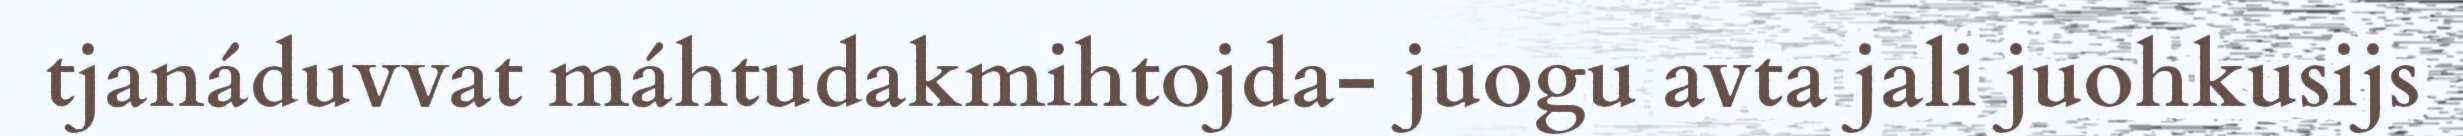
tjanáduvvat máhtudakmihtojda- juogu avta jali juohkusijs